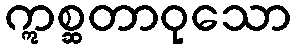
ဣစ္ဆတာဝုသော